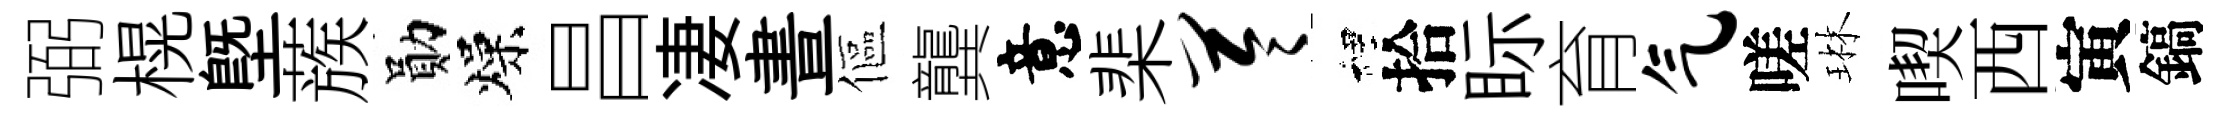
弼榥塈蔟勛燥昌凄晝傴龔意棐苓裡拾眎育气嗟琳喫西寅鎬